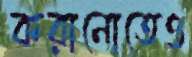
করানোতেও